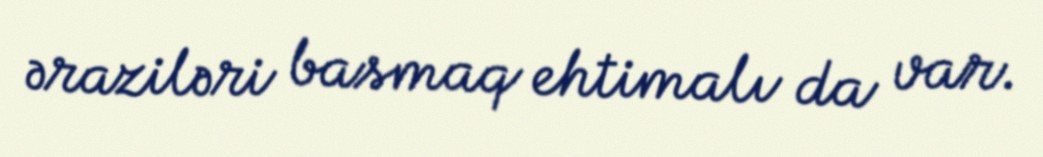
əraziləri basmaq ehtimalı da var.